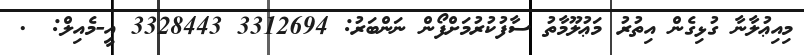
މިއިޢުލާނާ ގުޅިގެން އިތުރު މަޢުލޫމާތު ސާފުކުރުމަށްފޯން ނަންބަރު: 3312694 3328443 އީ-މެއިލް: @.